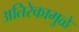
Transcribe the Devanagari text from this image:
अतिरेकामुळे